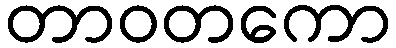
တာဝတကော